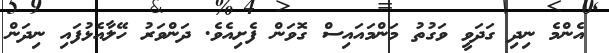
އެންމެ ނިދި ގަދަވީ ވަގުތު މަންމައައިސް ގޮވަން ފެށިއެވެ. ދަންވަރު ހޭލާއެޅުފައި ނިދަން